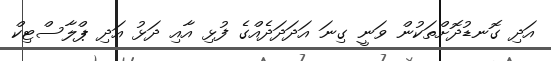
އަދި ގޮނޑުދޮށްތަކުން ވަނީ ގިނަ އަދަދަދެއްގެ ފުޅި އާއި ދަޅު އަދި ޕްލާސްޓިކް